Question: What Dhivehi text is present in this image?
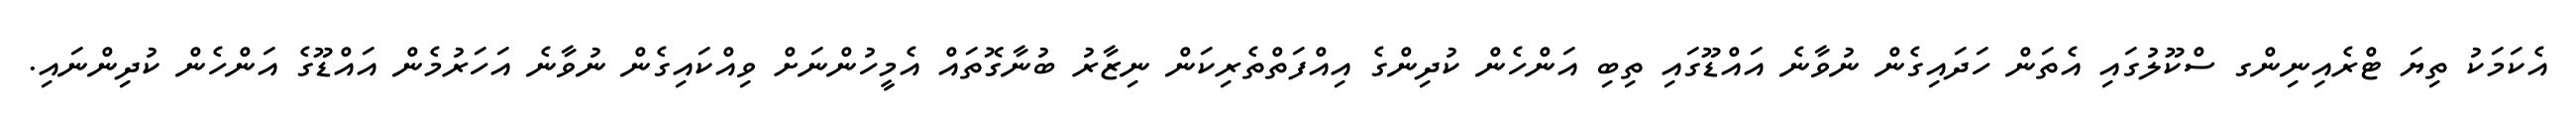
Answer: އެކަމަކު ތިޔަ ޓްރެއިނިންގ ސްކޫލުގައި އެތަން ހަދައިގެން ނުވާނެ އައްޑޫގައި ތިބި އަންހެން ކުދިންގެ އިއްފަތްތެރިކަން ނިޒާރު ބުނާގޮތައް އެމީހުންނަށް ވިއްކައިގެން ނުވާނެ އަހަރުމެން އައްޑޫގެ އަންހެން ކުދިންނައި.